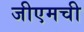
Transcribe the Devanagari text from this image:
जीएमची